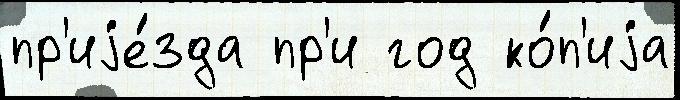
пр'иjе́зда пр'и год ко́п'иjа